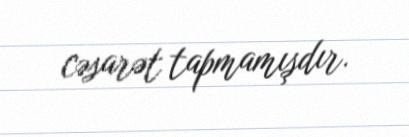
cəsarət tapmamışdır.